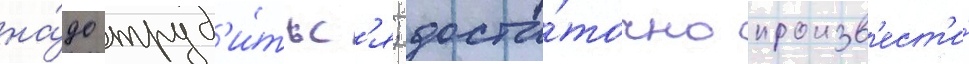
на́до труд'и́тьс'я; доста́точно произв'ест'и́